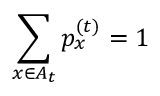
\sum _ { x \in A _ { t } } p _ { x } ^ { ( t ) } = 1